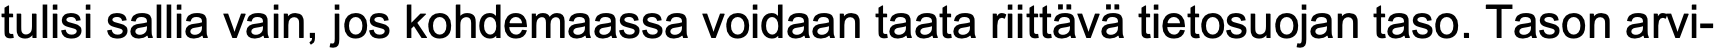
tulisi sallia vain, jos kohdemaassa voidaan taata riittävä tietosuojan taso. Tason arvi-